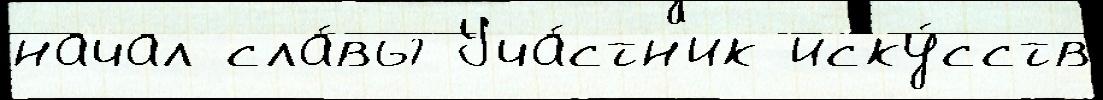
начал сла́вы Уча́стн'ик иску́сств